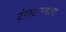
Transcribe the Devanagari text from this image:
टंग्स्टनवाला